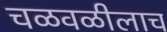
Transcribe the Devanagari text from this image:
चळवळीलाच